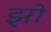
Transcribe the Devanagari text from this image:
झो